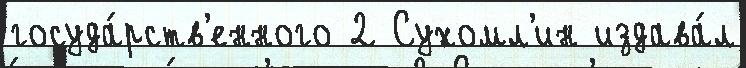
госуда́рств'енного 2 Сухомл'ин издава́л